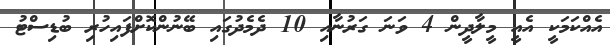
އެއްކަމަކީ އެއީ މީލާދީން 4 ވަނަ ގަރުނާއި 10 ދެމެދުގައި ބޭނުންކޮށްފައިހުރި ބުޑިސްޓު